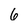
Character: 6